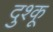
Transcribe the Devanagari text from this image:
दुश्कू